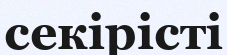
секірісті